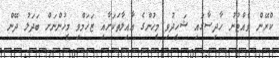
ކްރޭން ވެއްޓުނު ހާދިސާގައި ޝަހީދުވި މީހުންގެ އާއިލާތަކަށާއި ޒަޚަމްވި މީހުންނަށް ބަދަލު ދޭން